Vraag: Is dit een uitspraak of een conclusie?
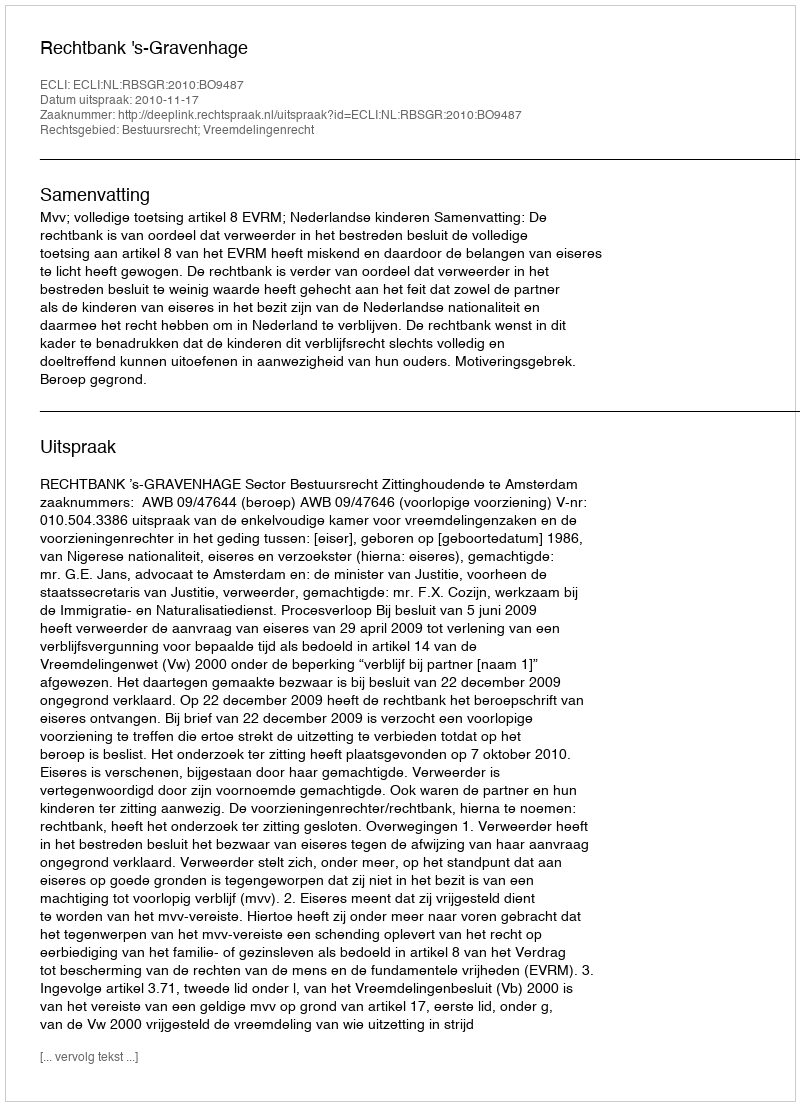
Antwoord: Uitspraak